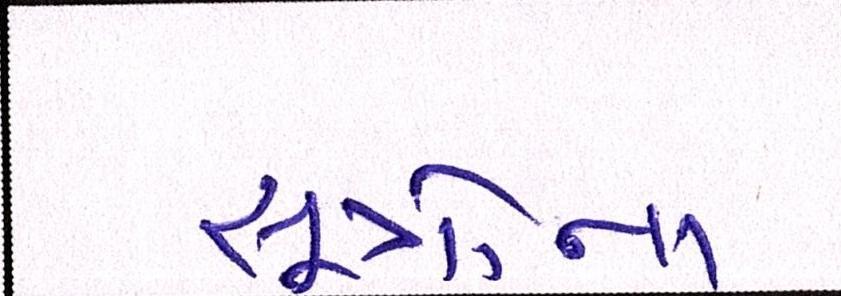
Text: સૂત્રોના